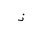
Letter: _thal